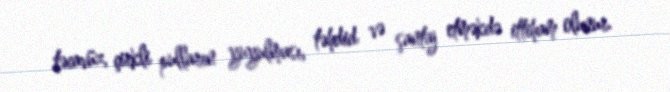
təcavüz, çirkli pulların yuyulması, təhdid və şantaj etməkdə ittiham olunur.